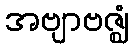
အဗျာဗဇ္ဈံ